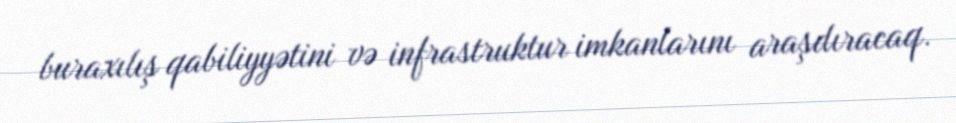
buraxılış qabiliyyətini və infrastruktur imkanlarını araşdıracaq.